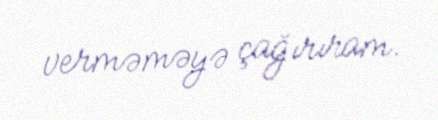
verməməyə çağırıram.